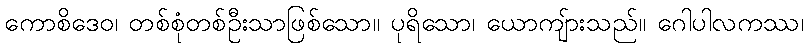
ကောစိဒေဝ၊ တစ်စုံတစ်ဦးသာဖြစ်သော။ ပုရိသော၊ ယောကျ်ားသည်။ ဂေါပါလကဿ၊